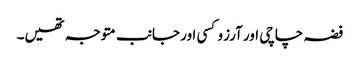
فضہ چاچی اور آرزو کسی اور جانب متوجہ تھیں۔